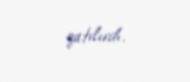
qatılırdı.